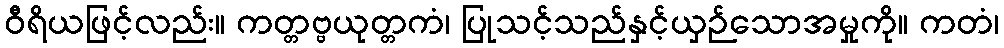
ဝီရိယဖြင့်လည်း။ ကတ္တဗ္ဗယုတ္တကံ၊ ပြုသင့်သည်နှင့်ယှဉ်သောအမှုကို။ ကတံ၊